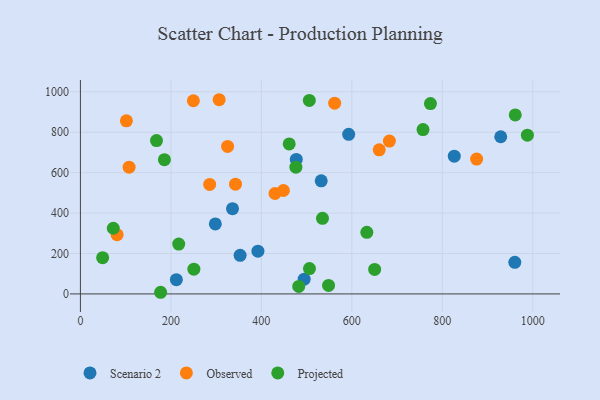
{"axis": {"x": "Study Hours", "y": "Profit"}, "legend": ["Observed", "Projected", "Scenario 2"], "data": [{"x": "494.6", "y": 72.7, "type": "Scenario 2"}, {"x": "353.0", "y": 190.9, "type": "Scenario 2"}, {"x": "212.1", "y": 70.4, "type": "Scenario 2"}, {"x": "593.0", "y": 789.5, "type": "Scenario 2"}, {"x": "960.2", "y": 156.4, "type": "Scenario 2"}, {"x": "477.2", "y": 665.2, "type": "Scenario 2"}, {"x": "532.3", "y": 559.5, "type": "Scenario 2"}, {"x": "826.4", "y": 681.6, "type": "Scenario 2"}, {"x": "929.1", "y": 777.6, "type": "Scenario 2"}, {"x": "336.2", "y": 421.5, "type": "Scenario 2"}, {"x": "298.2", "y": 346.2, "type": "Scenario 2"}, {"x": "392.4", "y": 211.3, "type": "Scenario 2"}, {"x": "660.5", "y": 712.9, "type": "Observed"}, {"x": "448.7", "y": 511.6, "type": "Observed"}, {"x": "306.7", "y": 960.8, "type": "Observed"}, {"x": "249.7", "y": 955.8, "type": "Observed"}, {"x": "875.8", "y": 667.1, "type": "Observed"}, {"x": "683.0", "y": 756.3, "type": "Observed"}, {"x": "81.1", "y": 293.0, "type": "Observed"}, {"x": "562.0", "y": 943.7, "type": "Observed"}, {"x": "285.7", "y": 541.9, "type": "Observed"}, {"x": "342.8", "y": 543.2, "type": "Observed"}, {"x": "430.1", "y": 496.8, "type": "Observed"}, {"x": "107.6", "y": 626.9, "type": "Observed"}, {"x": "325.3", "y": 729.9, "type": "Observed"}, {"x": "101.6", "y": 856.4, "type": "Observed"}, {"x": "988.0", "y": 785.4, "type": "Projected"}, {"x": "773.7", "y": 941.6, "type": "Projected"}, {"x": "757.3", "y": 813.2, "type": "Projected"}, {"x": "72.7", "y": 324.9, "type": "Projected"}, {"x": "535.1", "y": 373.9, "type": "Projected"}, {"x": "168.2", "y": 758.9, "type": "Projected"}, {"x": "217.3", "y": 246.5, "type": "Projected"}, {"x": "506.0", "y": 957.2, "type": "Projected"}, {"x": "633.1", "y": 304.5, "type": "Projected"}, {"x": "961.2", "y": 885.4, "type": "Projected"}, {"x": "506.3", "y": 125.6, "type": "Projected"}, {"x": "177.3", "y": 8.1, "type": "Projected"}, {"x": "476.3", "y": 627.2, "type": "Projected"}, {"x": "185.7", "y": 664.3, "type": "Projected"}, {"x": "461.5", "y": 742.1, "type": "Projected"}, {"x": "650.4", "y": 121.1, "type": "Projected"}, {"x": "250.8", "y": 122.3, "type": "Projected"}, {"x": "482.6", "y": 36.8, "type": "Projected"}, {"x": "548.5", "y": 41.9, "type": "Projected"}, {"x": "49.1", "y": 179.1, "type": "Projected"}]}